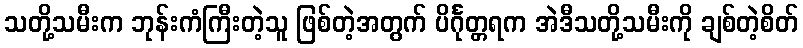
သတို့သမီးက ဘုန်းကံကြီးတဲ့သူ ဖြစ်တဲ့အတွက် ပိင်္ဂုတ္တရက အဲဒီသတို့သမီးကို ချစ်တဲ့စိတ်